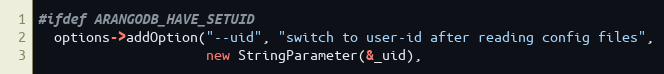
Language: C++
#ifdef ARANGODB_HAVE_SETUID
  options->addOption("--uid", "switch to user-id after reading config files",
                     new StringParameter(&_uid),